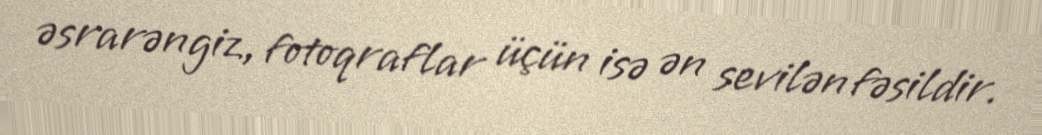
əsrarəngiz, fotoqraflar üçün isə ən sevilən fəsildir.